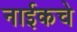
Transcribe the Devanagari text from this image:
नाईकचे